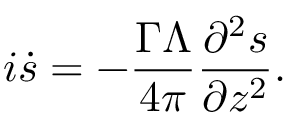
i \dot { s } = - \frac { \Gamma \Lambda } { 4 \pi } \frac { \partial ^ { 2 } s } { \partial z ^ { 2 } } .